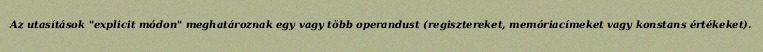
Az utasítások "explicit módon" meghatároznak egy vagy több operandust (regisztereket, memóriacímeket vagy konstans értékeket).